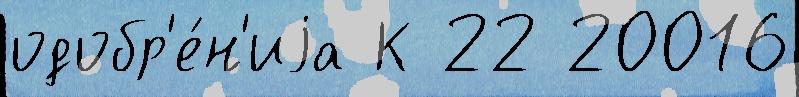
одобр'е́н'иjа К 22 20016